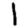
Digit: 1